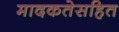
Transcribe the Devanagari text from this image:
मादकतेसहित